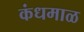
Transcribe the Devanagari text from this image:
कंधमाळ